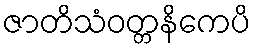
ဇာတိသံဝတ္တနိကေပိ